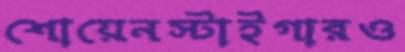
শোয়েনস্টাইগারও